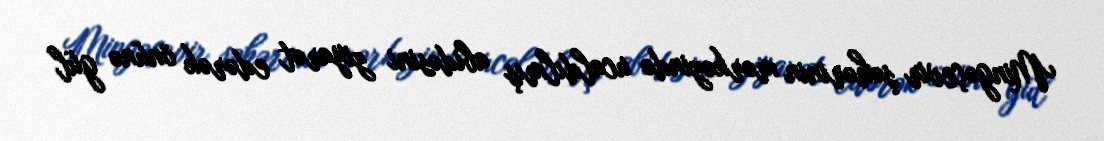
Mingəçevir şəhərinin mərkəzində ucaldılmış abidəsini ziyarət edərək önünə gül